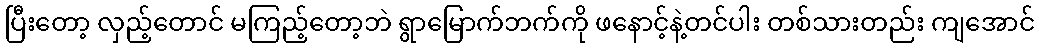
ပြီးတော့ လှည့်တောင် မကြည့်တော့ဘဲ ရွာမြောက်ဘက်ကို ဖနောင့်နဲ့တင်ပါး တစ်သားတည်း ကျအောင်